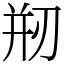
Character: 剏